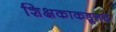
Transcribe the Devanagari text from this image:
शिक्षकाकडूनच